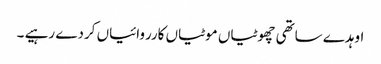
اوہدے ساتھی چھوٹیاں موٹیاں کارروائیاں کردے رہیے ۔